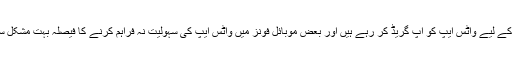
اتنظامیہ کے مطابق وہ اپنے صارفین کو مزید بہترین سہولیات فراہم کرنے کے لیے واٹس ایپ کو اپ گریڈ کر رہے ہیں اور بعض موبائل فونز میں واٹس ایپ کی سہولیت نہ فراہم کرنے کا فیصلہ بہت مشکل سے کیا گیا، لیکن اپنے صارفین کا خیال رکھتے ہوئے انہیں یہ قدم اٹھانا پڑا۔